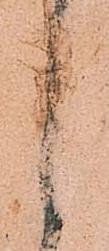
候